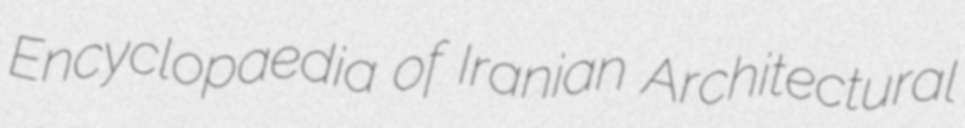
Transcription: Encyclopaedia of Iranian Architectural